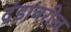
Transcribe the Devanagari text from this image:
दंडावरील